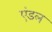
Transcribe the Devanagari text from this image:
एंडल